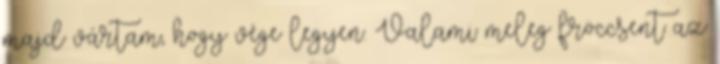
majd vártam, hogy vége legyen. Valami meleg fröccsent az